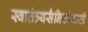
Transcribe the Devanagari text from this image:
स्वातंत्र्यसैनिकांसाठी